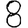
Digit: 8